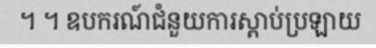
។ ។ ឧបករណ៍ជំនួយការស្តាប់ប្រឡាយ